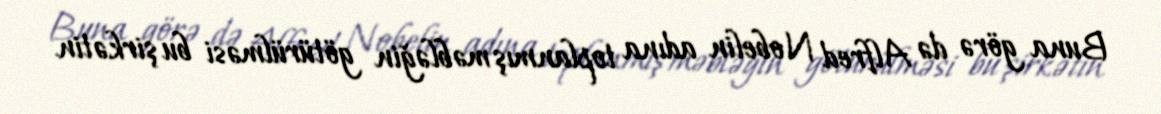
Buna görə də Alfred Nobelin adına toplanmış məbləğin götürülməsi bu şirkətin